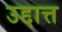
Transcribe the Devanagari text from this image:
उद्दात्त